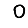
Digit: 0